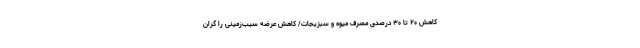
کاهش ۲۰ تا ۳۰ درصدی مصرف میوه و سبزیجات/ کاهش عرضه سیب‌زمینی را گران